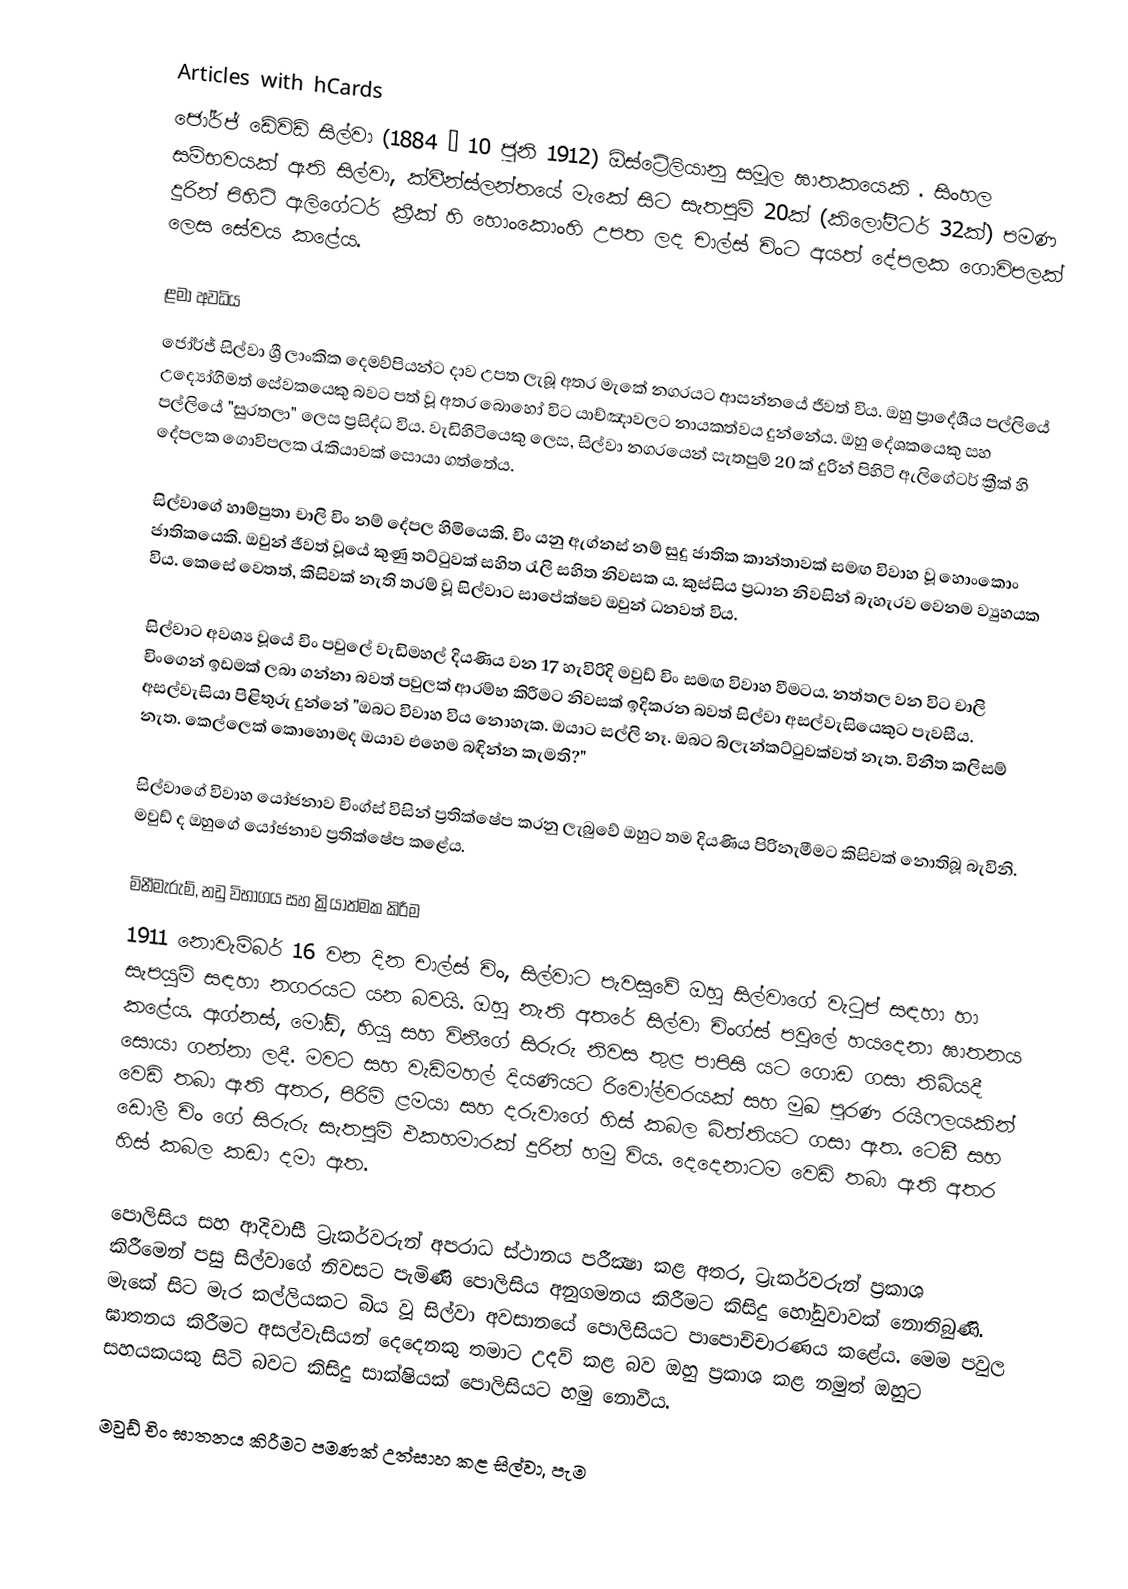
Articles with hCards
ජෝර්ජ් ඩේවිඩ් සිල්වා (1884 – 10 ජූනි 1912) ඕස්ට්‍රේලියානු සමූල ඝාතකයෙකි .  සිංහල සම්භවයක් ඇති සිල්වා, ක්වීන්ස්ලන්තයේ මැකේ සිට සැතපුම් 20ක් (කිලෝමීටර් 32ක්) පමණ දුරින් පිහිටි ඇලිගේටර් ක්‍රීක් හි හොංකොංහි උපත ලද  චාල්ස් චිංට අයත් දේපලක ගොවිපලක් ලෙස සේවය කළේය.

ළමා අවධිය
ජෝර්ජ් සිල්වා ශ්‍රී ලාංකික දෙමව්පියන්ට දාව උපත ලැබූ අතර මැකේ නගරයට ආසන්නයේ ජීවත් විය. ඔහු ප්‍රාදේශීය පල්ලියේ උද්‍යෝගිමත් සේවකයෙකු බවට පත් වූ අතර බොහෝ විට යාච්ඤාවලට නායකත්වය දුන්නේය. ඔහු දේශකයෙකු සහ පල්ලියේ "සුරතලා" ලෙස ප්‍රසිද්ධ විය. වැඩිහිටියෙකු ලෙස, සිල්වා නගරයෙන් සැතපුම් 20 ක් දුරින් පිහිටි ඇලිගේටර් ක්‍රීක් හි දේපලක ගොවිපලක රැකියාවක් සොයා ගත්තේය.

සිල්වාගේ හාම්පුතා චාලි චිං නම් දේපල හිමියෙකි. චිං යනු ඇග්නස් නම් සුදු ජාතික කාන්තාවක් සමඟ විවාහ වූ හොංකොං ජාතිකයෙකි. ඔවුන් ජීවත් වූයේ කුණු තට්ටුවක් සහිත රැලි සහිත නිවසක ය. කුස්සිය ප්‍රධාන නිවසින් බැහැරව වෙනම ව්‍යුහයක විය. කෙසේ වෙතත්, කිසිවක් නැති තරම් වූ සිල්වාට සාපේක්ෂව ඔවුන් ධනවත් විය.

සිල්වාට අවශ්‍ය වූයේ චිං පවුලේ වැඩිමහල් දියණිය වන 17 හැවිරිදි මවුඩ් චිං සමඟ විවාහ වීමටය. නත්තල වන විට චාලි චිංගෙන් ඉඩමක් ලබා ගන්නා බවත් පවුලක් ආරම්භ කිරීමට නිවසක් ඉදිකරන බවත් සිල්වා අසල්වැසියෙකුට පැවසීය. අසල්වැසියා පිළිතුරු දුන්නේ "ඔබට විවාහ විය නොහැක. ඔයාට සල්ලි නෑ. ඔබට බ්ලැන්කට්ටුවක්වත් නැත. විනීත කලිසම් නැත. කෙල්ලෙක් කොහොමද ඔයාව එහෙම බඳින්න කැමති?"

සිල්වාගේ විවාහ යෝජනාව චිංග්ස් විසින් ප්‍රතික්ෂේප කරනු ලැබුවේ ඔහුට තම දියණිය පිරිනැමීමට කිසිවක් නොතිබූ බැවිනි. මවුඩ් ද ඔහුගේ යෝජනාව ප්‍රතික්ෂේප කළේය.

මිනීමැරුම්, නඩු විභාගය සහ ක්‍රියාත්මක කිරීම
1911 නොවැම්බර් 16 වන දින චාල්ස් චිං, සිල්වාට පැවසුවේ ඔහු සිල්වාගේ වැටුප් සඳහා  හා සැපයුම් සඳහා නගරයට යන බවයි. ඔහු නැති අතරේ සිල්වා චිංග්ස් පවුලේ හයදෙනා ඝාතනය කළේය. ඇග්නස්, මෝඩ්, හියු සහ විනීගේ සිරුරු නිවස තුළ පාපිසි යට ගොඩ ගසා තිබියදී සොයා ගන්නා ලදී. මවට සහ වැඩිමහල් දියණියට රිවෝල්වරයක් සහ මුඛ පූරණ රයිෆලයකින් වෙඩි තබා ඇති අතර, පිරිමි ළමයා සහ දරුවාගේ හිස් කබල බිත්තියට ගසා ඇත.  ටෙඩී සහ ඩොලී චිං ගේ සිරුරු සැතපුම් එකහමාරක් දුරින් හමු විය. දෙදෙනාටම වෙඩි තබා ඇති අතර හිස් කබල කඩා දමා ඇත.

පොලිසිය සහ ආදිවාසී ට්‍රැකර්වරුන් අපරාධ ස්ථානය පරීක්‍ෂා කළ අතර, ට්‍රැකර්වරුන් ප්‍රකාශ කිරීමෙන් පසු සිල්වාගේ නිවසට පැමිණි පොලිසිය අනුගමනය කිරීමට කිසිදු හෝඩුවාවක් නොතිබුණි. මැකේ සිට මැර කල්ලියකට බිය වූ සිල්වා අවසානයේ පොලිසියට පාපොච්චාරණය කළේය. මෙම පවුල ඝාතනය කිරීමට අසල්වැසියන් දෙදෙනකු තමාට උදව් කළ බව ඔහු ප්‍රකාශ කළ නමුත් ඔහුට සහයකයකු සිටි බවට කිසිදු සාක්ෂියක් පොලිසියට හමු නොවීය.

මවුඩ් චිං ඝාතනය කිරීමට පමණක් උත්සාහ කළ සිල්වා, පැම